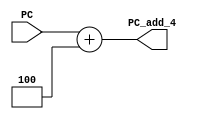
// IFAdd
module PC_add (
    input [31:0] PC,

    output reg [31:0] PC_add_4
);

    always @(PC) begin
        PC_add_4 = PC + 4;
    end
endmodule //PC_add